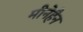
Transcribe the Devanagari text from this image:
मीनेहैन